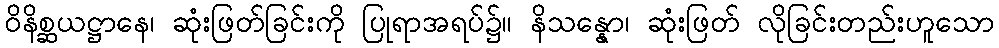
ဝိနိစ္ဆယဋ္ဌာနေ၊ ဆုံးဖြတ်ခြင်းကို ပြုရာအရပ်၌။ နိသန္နော၊ ဆုံးဖြတ် လိုခြင်းတည်းဟူသော